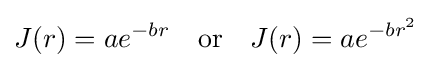
J(r)=ae^{-br}\quad {\textrm {or}}\quad J(r)=ae^{-br^{2}}